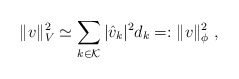
\begin{align*}\Vert v \Vert_{V}^2 \simeq \sum_{k \in {\cal K}}|\hat{v}_k|^2 d_k=:\Vert v \Vert_\phi^2 \; ,\end{align*}